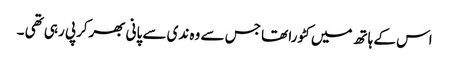
اس کے ہاتھ میں کٹورا تھا جس سے وہ ندی سے پانی بھرکرپی رہی تھی ۔